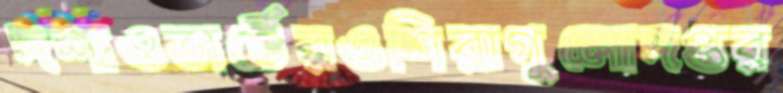
দশাওভার্টেরওশিরাগুলোদপ্তর